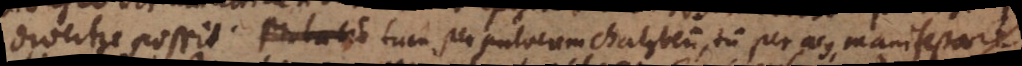
divertere possit. probatio tum per pulverem chalybeum, tum per acus, manifestare.